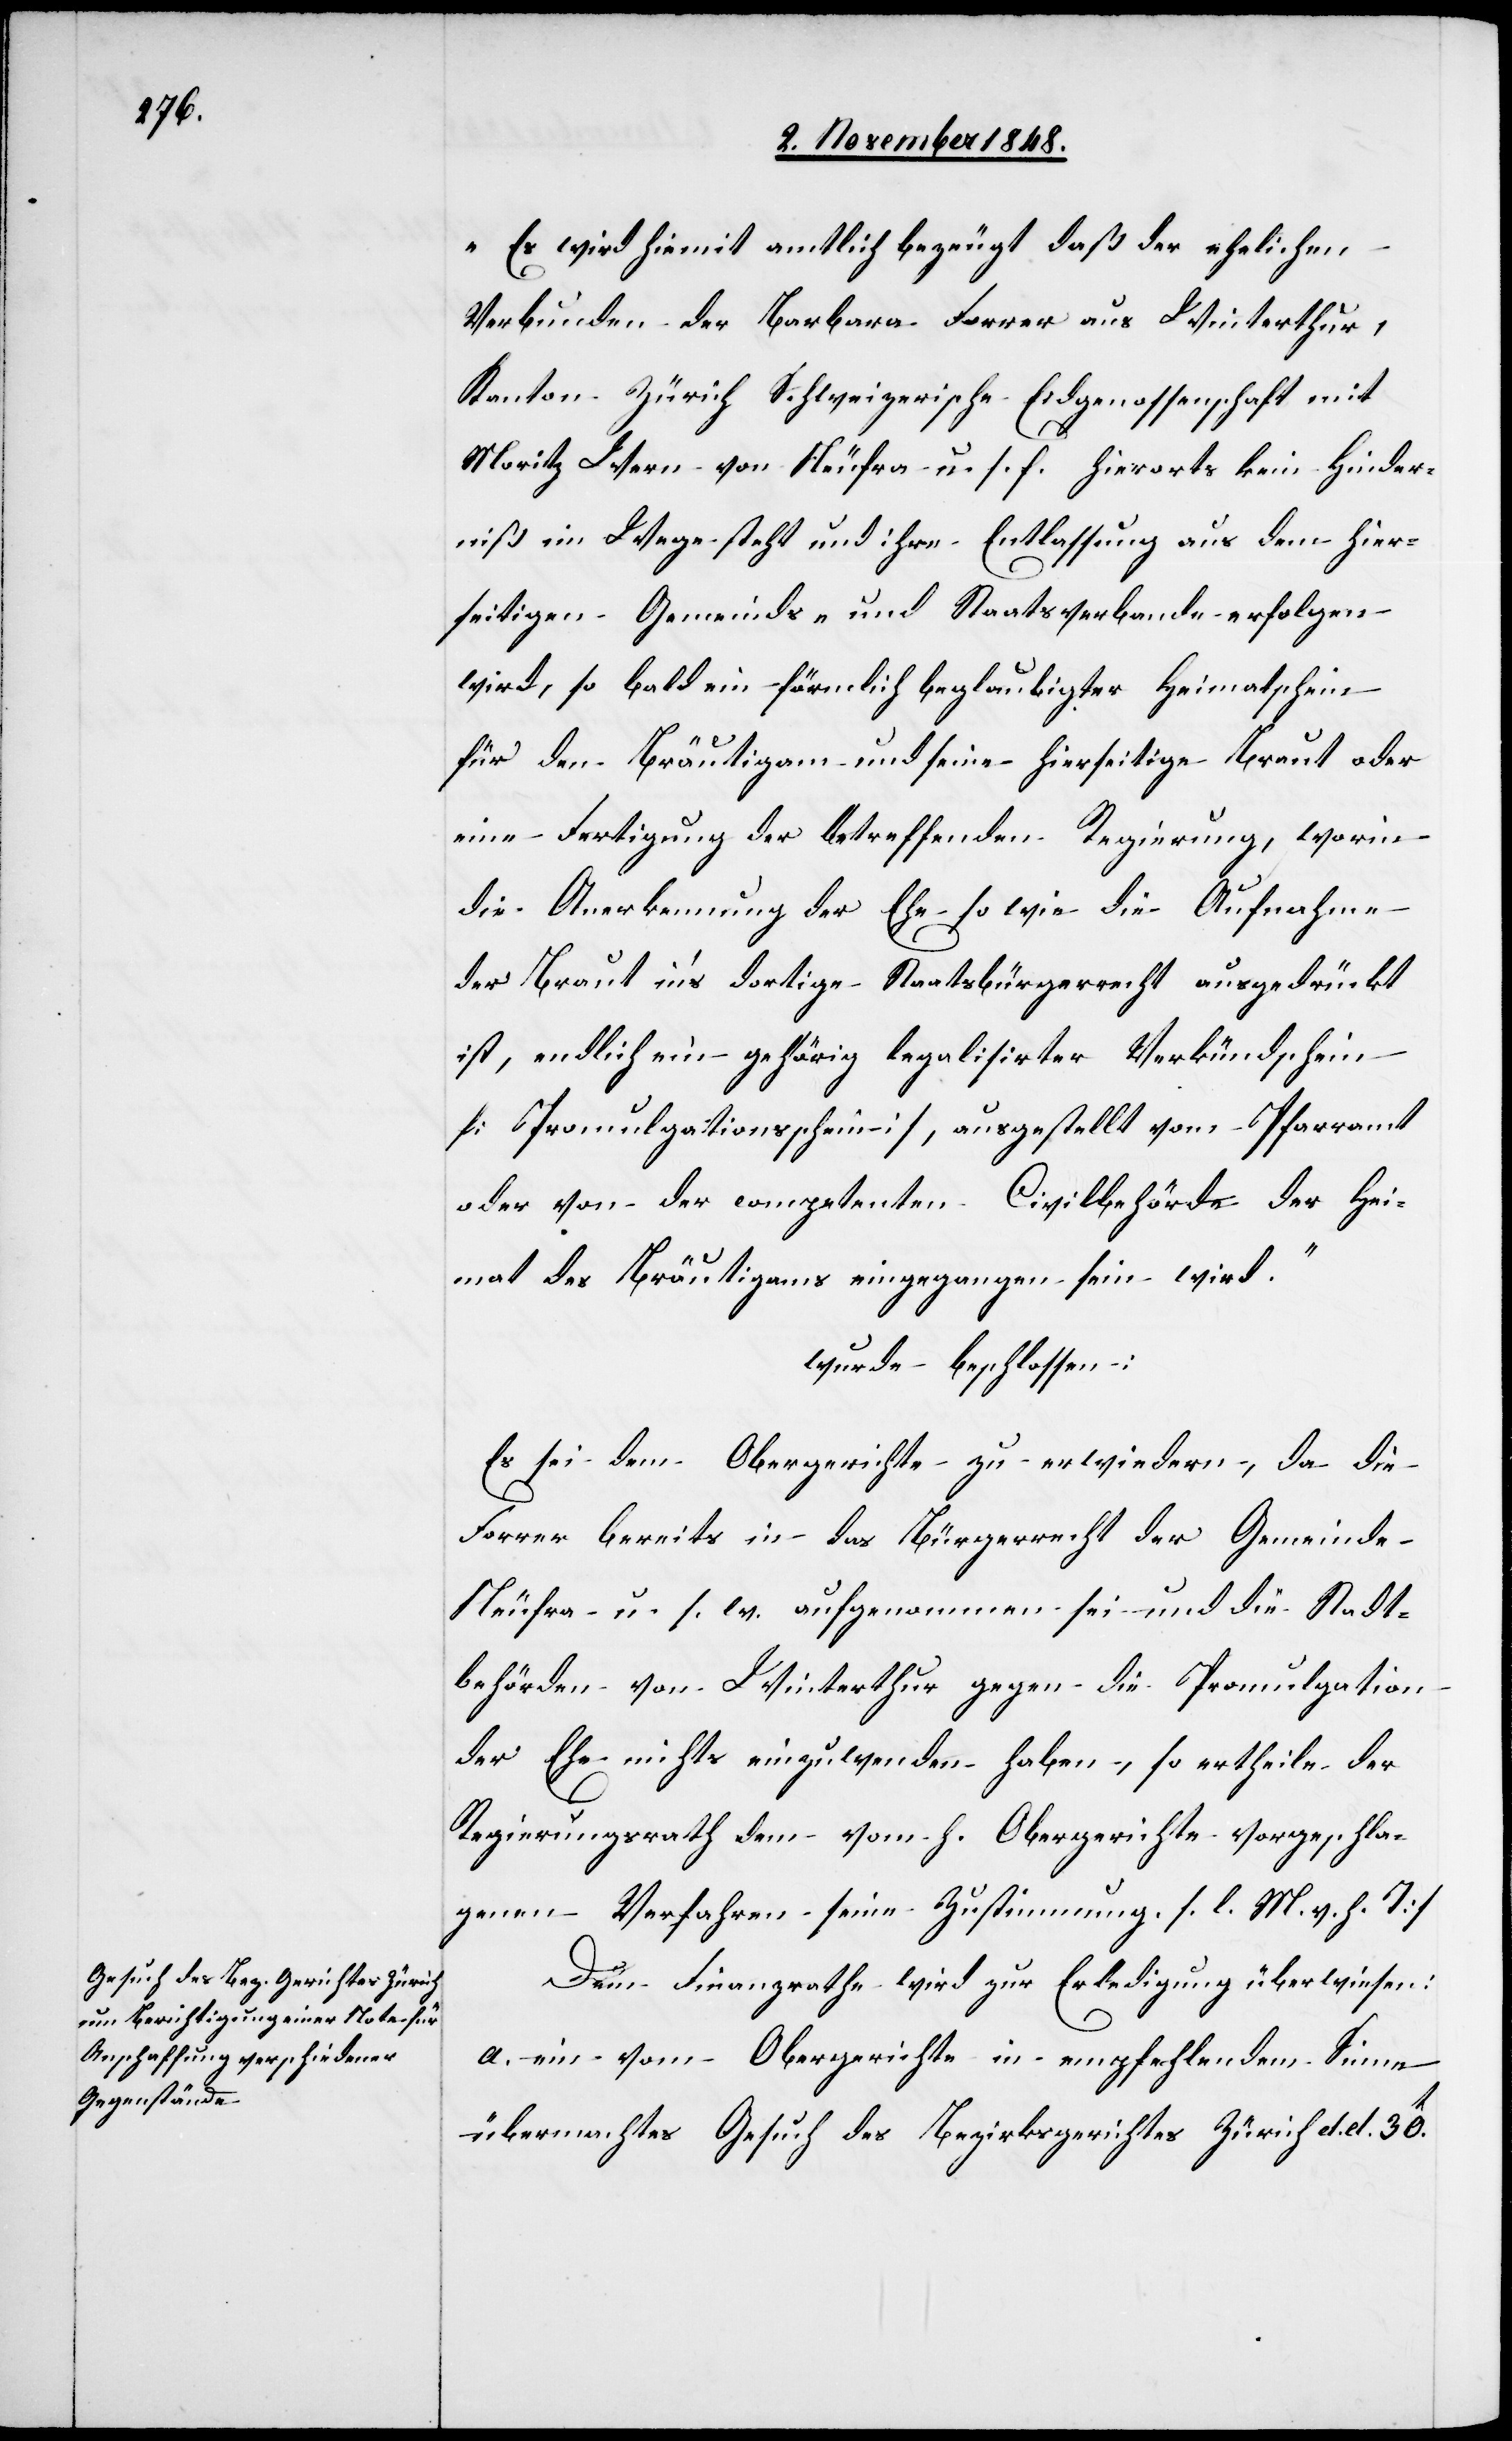
7ten November 1848.]
„Es wird hiemit amtlich bezeugt daß der ehelichen
Verbunden der Barbara Forrer aus Winterthur,
Kanton Zürich Schweizerische Eidgenossenschaft mit
Moritz Wern von Neufra u. s. f. hierorts kein Hinder¬
niß im Wege steht und ihre Entlassung aus dem hier¬
seitigen Gemeinds- und Staatsverbande erfolgen
wird, so bald ein förmlich beglaubigter Heimatschein
für den Bräutigam und seine hierseitige Braut oder
eine Fertigung der betreffenden Regierung, worin
die Anerkennung der Ehe so wie die Aufnahme
der Braut in’s dortige Staatsbürgerrecht ausgedrückt
ist, endlich ein gehörig legalisirter Verkündschein
[Promulgationsschein], ausgestellt vom Pfarramt
oder von der competenten Civilbehörde der Hei¬
mat des Bräutigams eingegangen sein wird“
wurde beschlossen:
Es sei dem Obergerichte zu erwiedern, da die
Forrer bereits in das Bürgerrecht der Gemeinde
Neufra u. s. w. aufgenommen sei und die Stadt¬
behörden von Winterthur gegen die Promulgation
der Ehe nichts einzuwenden haben, so ertheile der
Regierungsrath dem vom h. Obergericht vorgeschla¬
genen Verfahren seine Zustimmung. [l. M. v. h. T]
Dem Finanzrathe wird zur Erledigung überwiesen:
a. ein vom Obergerichte in empfehlendem Sinne
übermachtes Gesuch des Bezirksgerichtes Zürich d. d. 30t